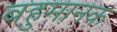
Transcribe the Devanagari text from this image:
बहुमानक